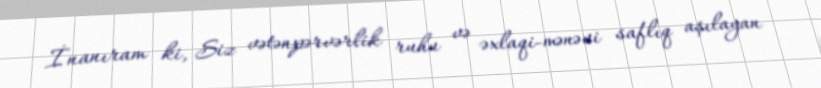
İnanıram ki, Siz vətənpərvərlik ruhu və əxlaqi-mənəvi saflıq aşılayan